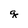
Character: g